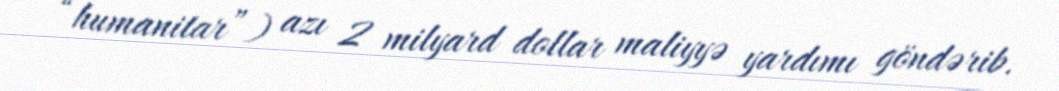
“humanitar”) azı 2 milyard dollar maliyyə yardımı göndərib.